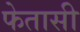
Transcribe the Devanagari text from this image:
फेतासी